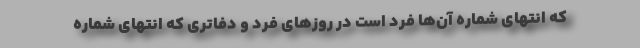
که انتهای شماره آن‌ها فرد است در روز‌های فرد و دفاتری که انتهای شماره